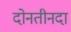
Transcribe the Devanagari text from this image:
दोनतीनदा